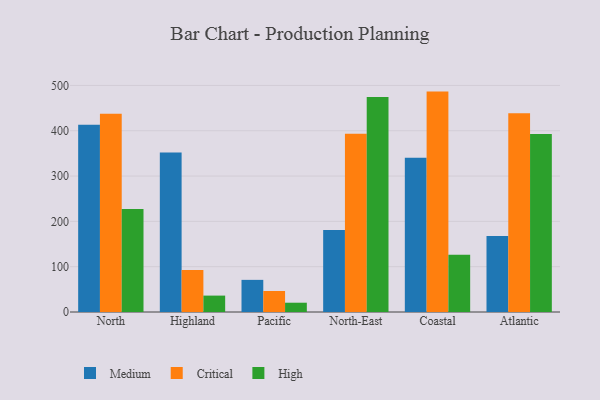
{"axis": {"x": "Region", "y": "Tickets Resolved"}, "legend": ["Critical", "High", "Medium"], "data": [{"x": "North", "y": 413.4, "type": "Medium"}, {"x": "North", "y": 437.4, "type": "Critical"}, {"x": "North", "y": 227.1, "type": "High"}, {"x": "Highland", "y": 352.1, "type": "Medium"}, {"x": "Highland", "y": 92.9, "type": "Critical"}, {"x": "Highland", "y": 36.2, "type": "High"}, {"x": "Pacific", "y": 70.9, "type": "Medium"}, {"x": "Pacific", "y": 46.3, "type": "Critical"}, {"x": "Pacific", "y": 20.5, "type": "High"}, {"x": "North-East", "y": 180.7, "type": "Medium"}, {"x": "North-East", "y": 393.6, "type": "Critical"}, {"x": "North-East", "y": 474.4, "type": "High"}, {"x": "Coastal", "y": 340.2, "type": "Medium"}, {"x": "Coastal", "y": 486.4, "type": "Critical"}, {"x": "Coastal", "y": 126.3, "type": "High"}, {"x": "Atlantic", "y": 167.7, "type": "Medium"}, {"x": "Atlantic", "y": 438.7, "type": "Critical"}, {"x": "Atlantic", "y": 392.7, "type": "High"}]}